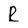
Character: R